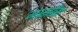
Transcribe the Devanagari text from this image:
गार्सोंस